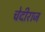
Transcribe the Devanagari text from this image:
चेदीराज